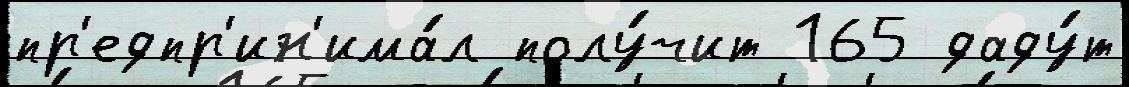
пр'едпр'ин'има́л полу́чит 165 даду́т